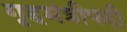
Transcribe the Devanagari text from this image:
गृहमंत्रीपदी